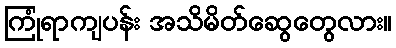
ကြုံရာကျပန်း အသိမိတ်ဆွေတွေလား။